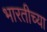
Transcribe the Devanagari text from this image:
भारतीच्या